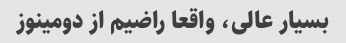
بسیار عالی، واقعا راضیم از دومینوز